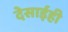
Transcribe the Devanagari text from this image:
देसाईही